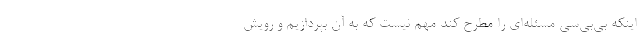
اینکه بی‌بی‌سی مسئله‌ای را مطرح کند مهم نیست که به آن بپردازیم و رویش